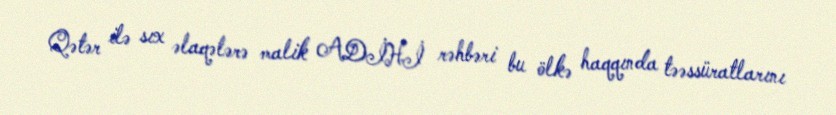
Qətər ilə sıx əlaqələrə malik ADİHİ rəhbəri bu ölkə haqqında təəssüratlarını